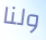
ولنا